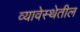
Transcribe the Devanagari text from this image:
व्यावेस्थेतील